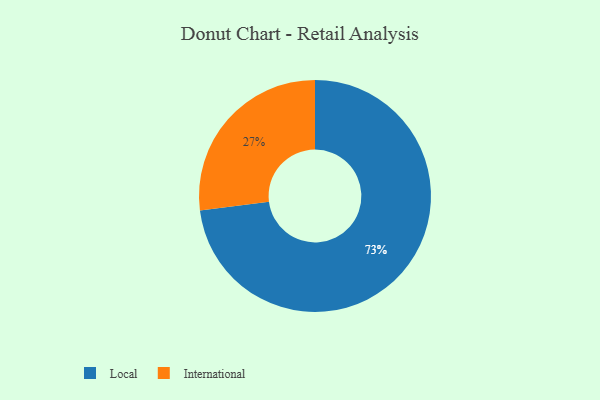
{"axis": {"x": "Category", "y": "Percentage"}, "legend": ["International", "Local"], "data": [{"x": "Local", "y": 73, "type": "Local"}, {"x": "International", "y": 27, "type": "International"}]}